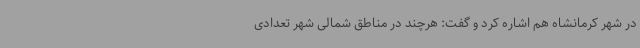
در شهر کرمانشاه هم اشاره کرد و گفت: هرچند در مناطق شمالی شهر تعدادی